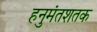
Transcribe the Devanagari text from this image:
हनुमंतशतक